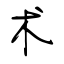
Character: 术